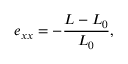
e _ { x x } = - \frac { L - L _ { 0 } } { L _ { 0 } } ,